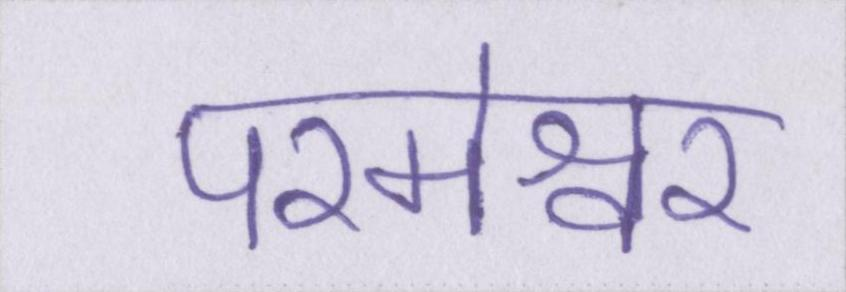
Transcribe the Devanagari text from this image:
परमेश्वर